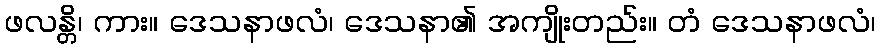
ဖလန္တိ၊ ကား။ ဒေသနာဖလံ၊ ဒေသနာ၏ အကျိုးတည်း။ တံ ဒေသနာဖလံ၊